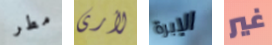
مطر لأرى الإبرة غير